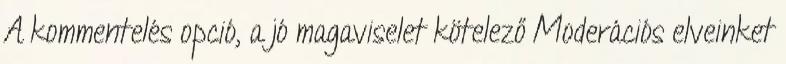
A kommentelés opció, a jó magaviselet kötelező Moderációs elveinket